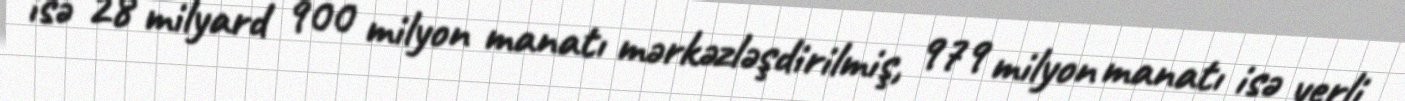
isə 28 milyard 900 milyon manatı mərkəzləşdirilmiş, 979 milyon manatı isə yerli